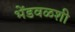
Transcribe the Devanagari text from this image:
भेंडवळशी